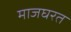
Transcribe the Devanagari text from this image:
माजघरत